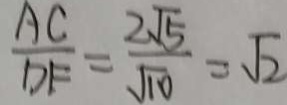
\frac { A C } { D F } = \frac { 2 \sqrt { 5 } } { \sqrt { 1 0 } } = \sqrt { 2 }